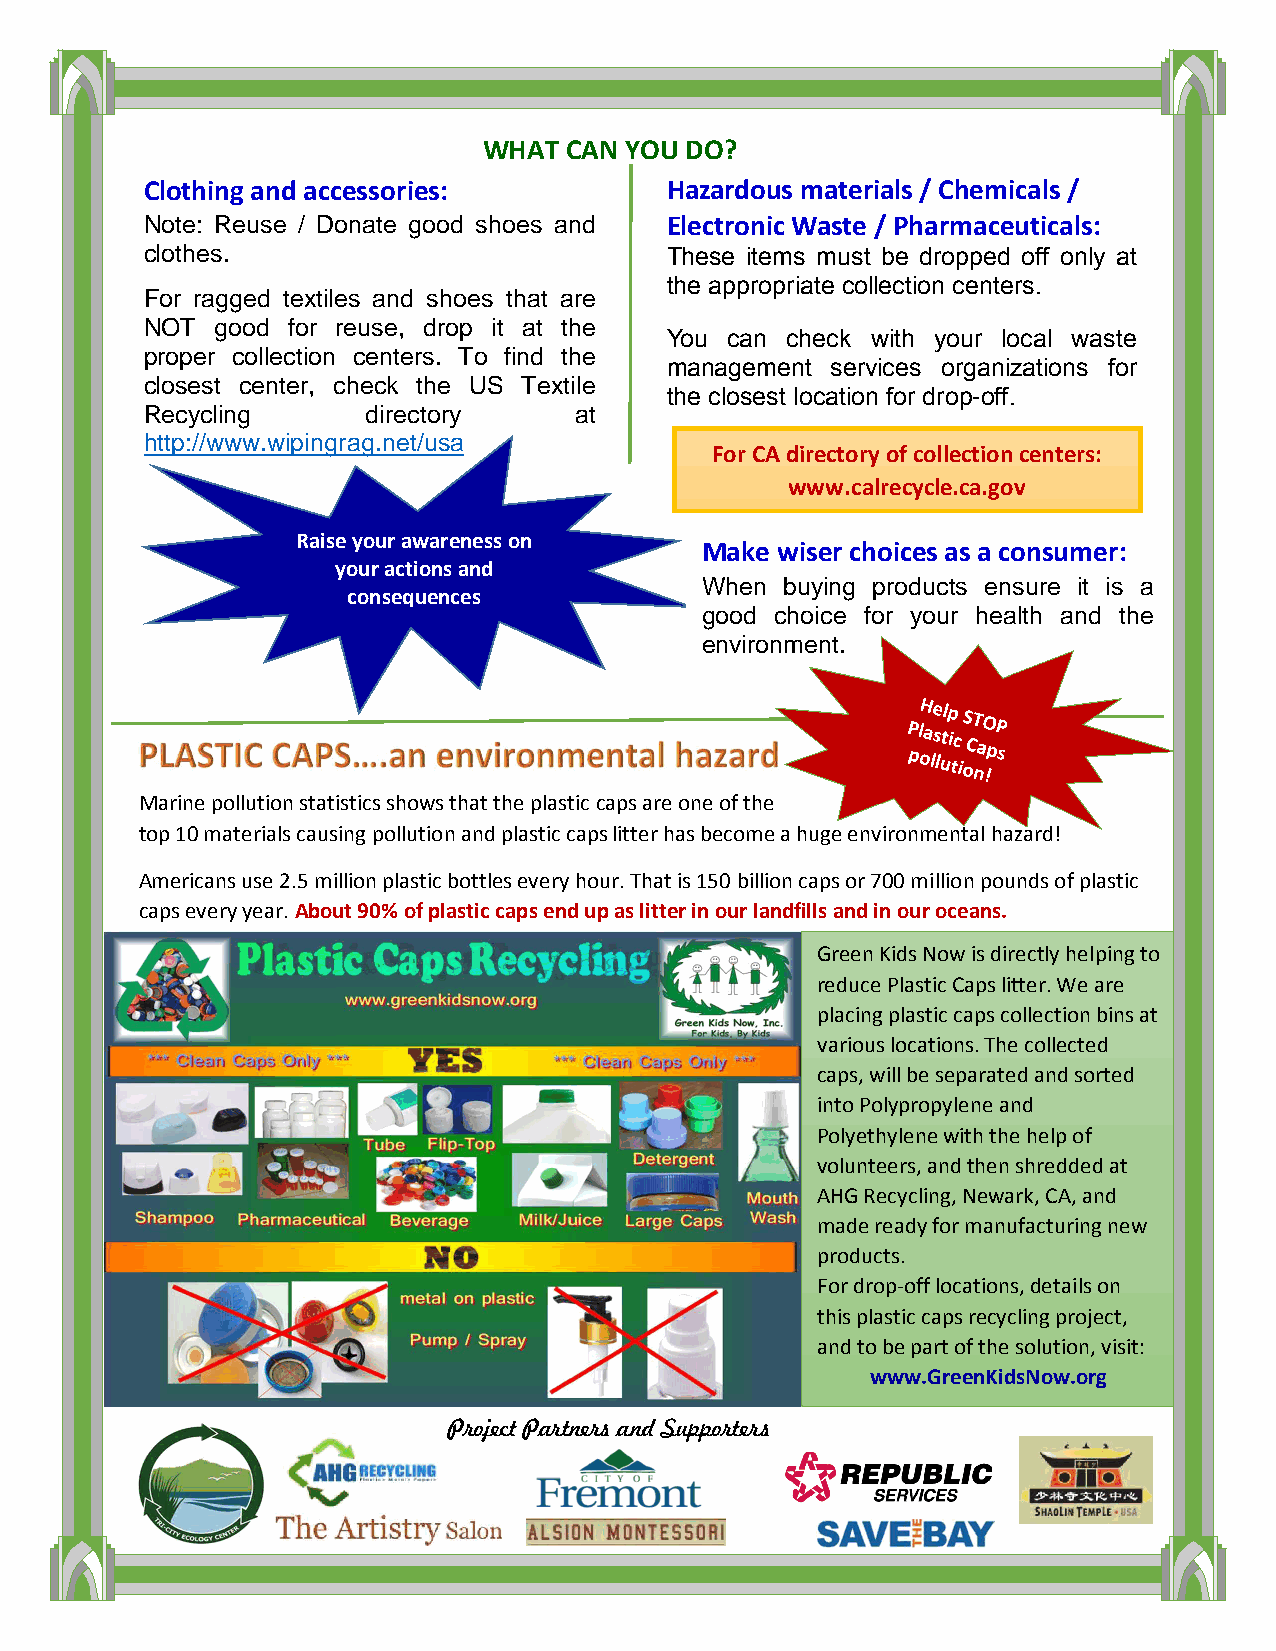
WHAT CAN YOU DO?
 Clothing and accessories:          Hazardous materials / Chemicals /
 Note: Reuse / Donate good shoes and Electronic Waste / Pharmaceuticals:
 clothes.                           These items must be dropped off only at
 the appropriate collection centers.
 For ragged textiles and shoes that are
 NOT  good for reuse, drop it at the
 You can check with your local waste
 proper collection centers. To find the
 management services organizations for
 closest center, check the US Textile
 the closest location for drop-off.
 Recycling      directory     at
 http://www.wipingrag.net/usa
 For CA directory of collection centers:
 www.calrecycle.ca.gov
 Raise your awareness on
 Make wiser choices as a consumer:
 your actions and
 When buying products ensure it is a
 consequences
 good choice for your health and the
 environment.
 M arine pollution statistics shows that the plastic caps are one of the
 top 10 materials causing pollution and plastic caps litter has become a huge environmental hazard!
 Americans use 2.5 million plastic bottles every hour. That is 150 billion caps or 700 million pounds of plastic
 caps every year. About 90% of plastic caps end up as litter in our landfills and in our oceans.
 Green Kids Now is directly helping to
 reduce Plastic Caps litter. We are
 placing plastic caps collection bins at
 various locations. The collected
 caps, will be separated and sorted
 into Polypropylene and
 Polyethylene with the help of
 volunteers, and then shredded at
 AHG Recycling, Newark, CA, and
 made ready for manufacturing new
 products.
 For drop-off locations, details on
 this plastic caps recycling project,
 and to be part of the solution, visit:
 www.GreenKidsNow.org
 Project Partners and Supporters